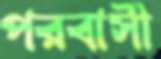
পরবাসী